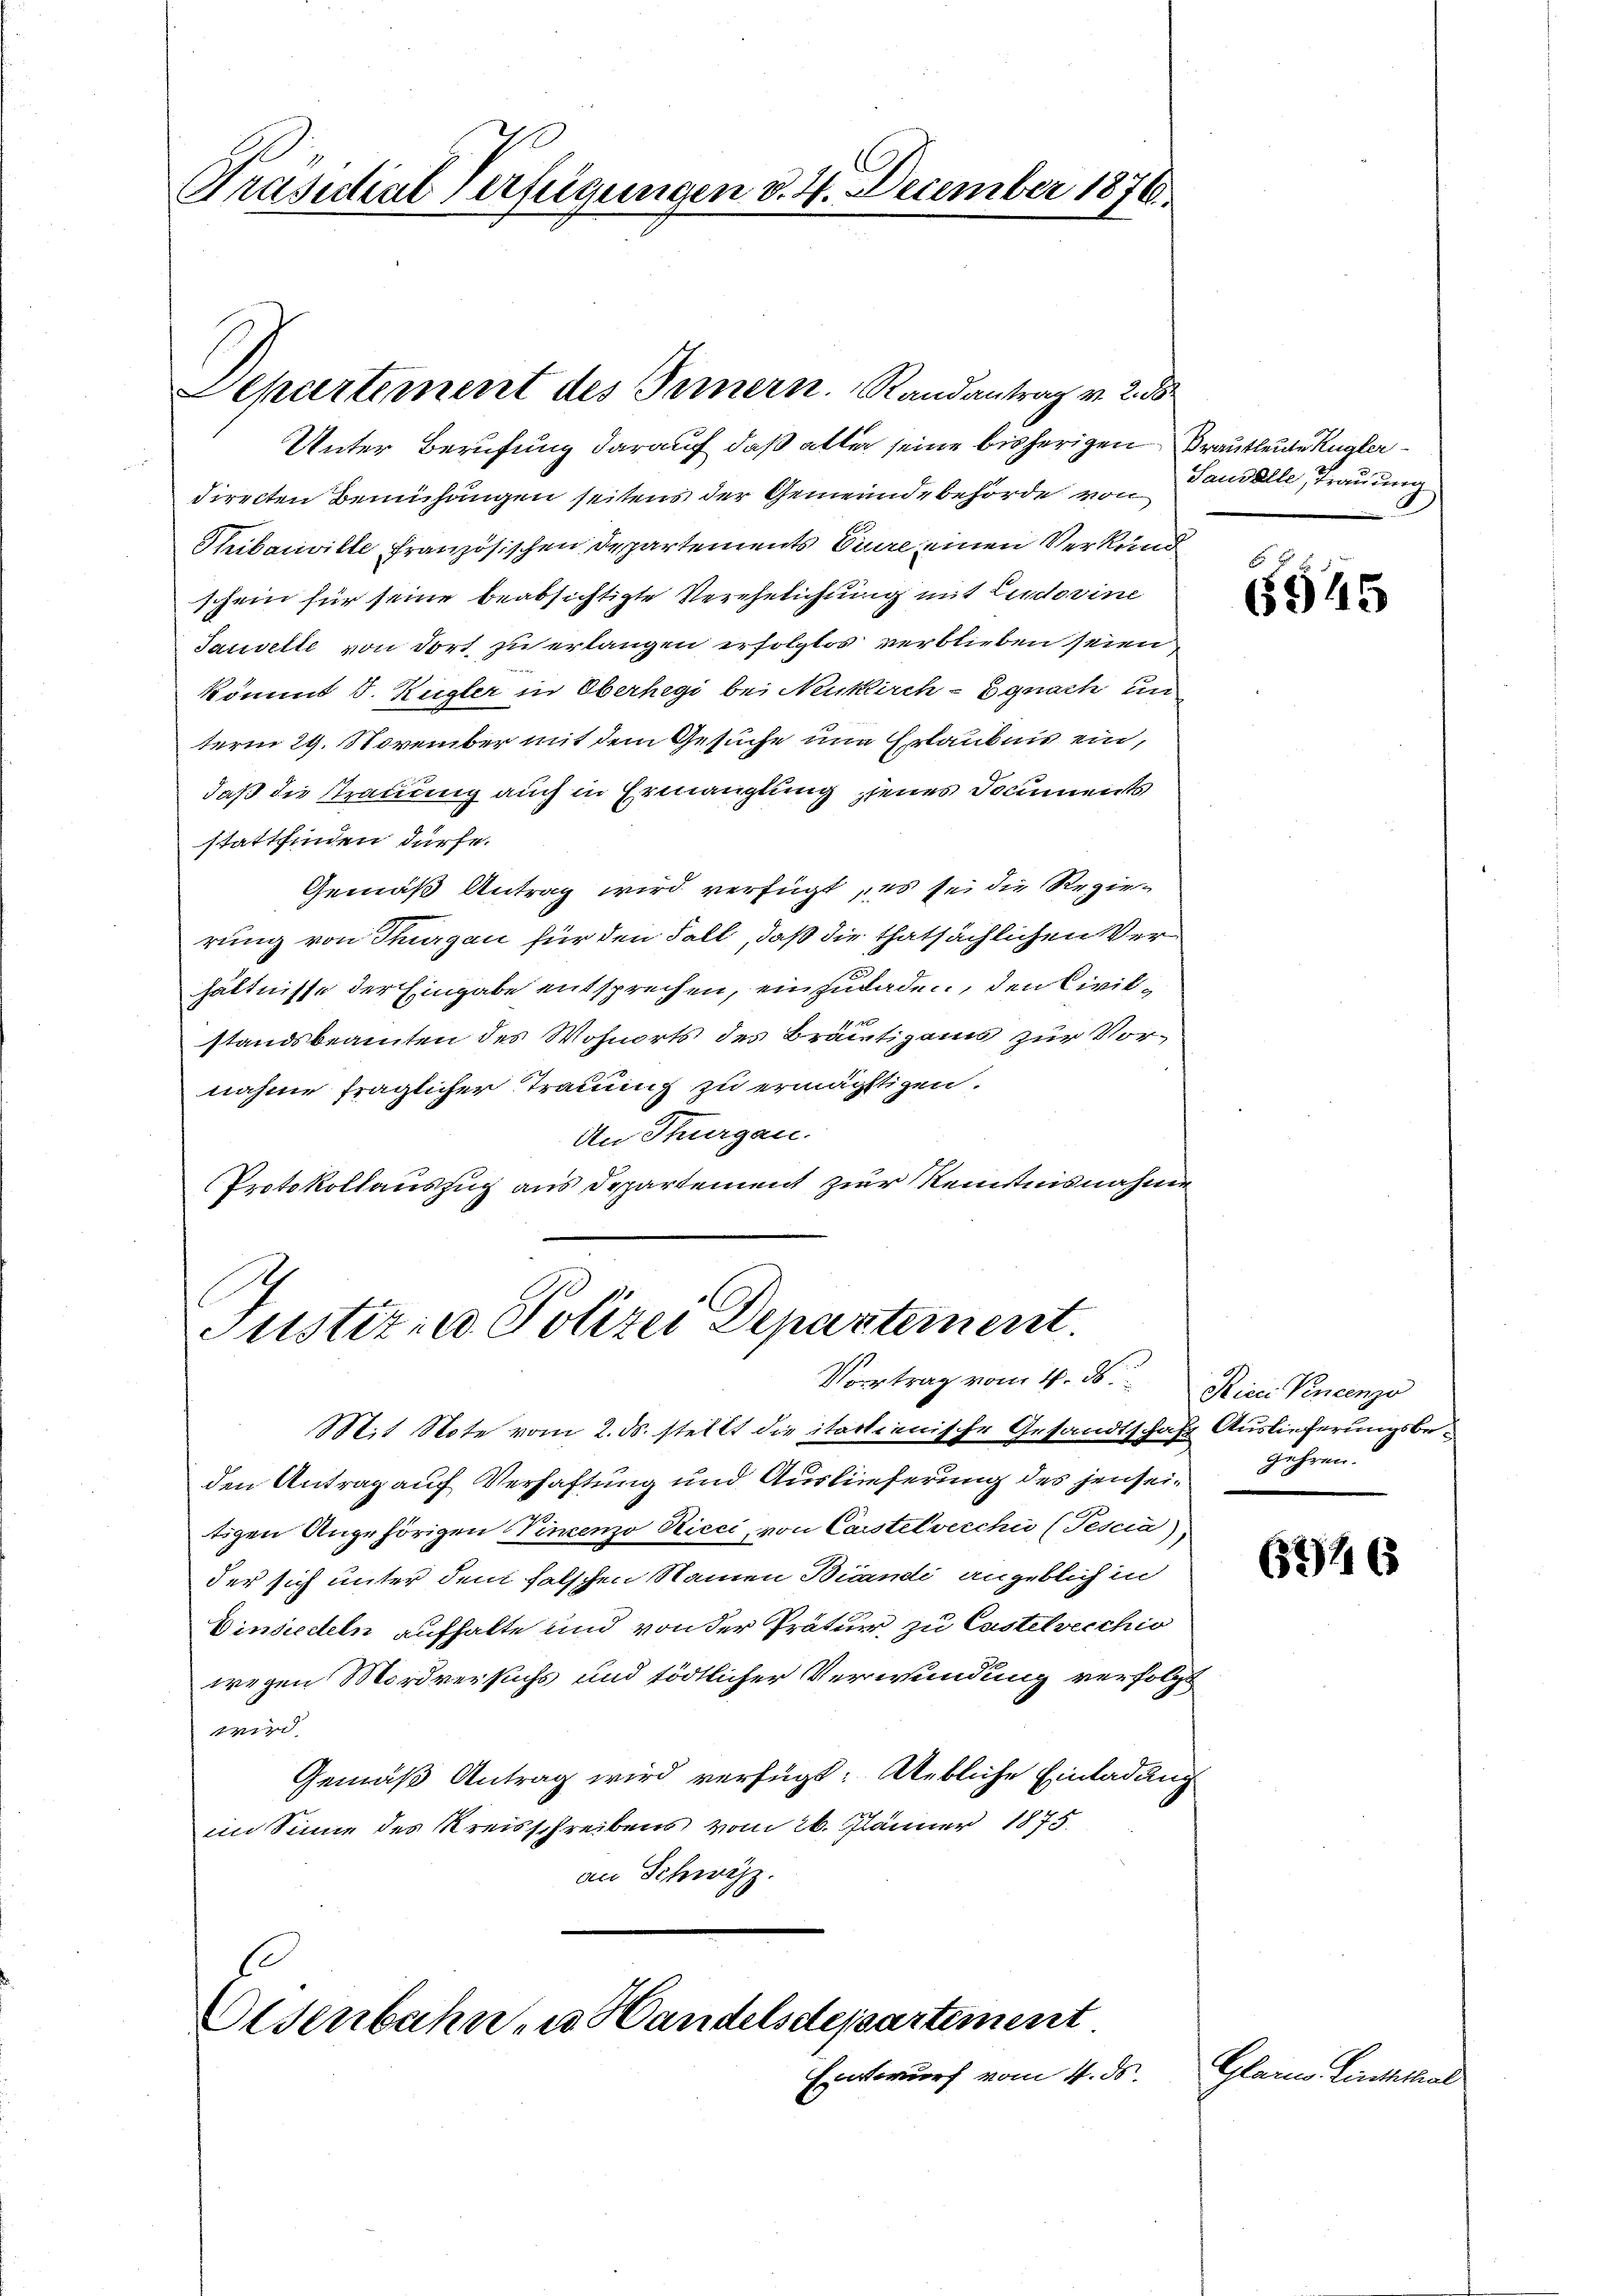
Präsidial Verfügungen d. 4. December 1876.

Unter Berufung darauf, daß aller seine bisherigen Brautleute Kugler
directen Bemühungen seitens der Gemeindebehörde von
Thibauville französischen Departements Euere einen Verkund
schein für seine beabsichtigte Verehelichung mit Ludovine
Tauvelle von dort zu erlangen erfolglos verblieben seien
könnet v. Kugler in Oberhegi bei Nenklich - Egnach un
term 29. November mit dem Gesuche um Erlaubnis ein,
daß die Trauung auch in Ermanglung jenes Documents
stattfinden dürfe.
Gemäß Antrag wird verfügt, es sei die Regierung von Thurgau für den Fall, daß die thatsächlichen Verhältnisse der Eingabe entsprechen, einzuladen, den Civilstandsbeamten des Wohnorts des Bräutigams zur Vornahme fraglicher Trauung zu ermächtigen.
An Thurgau.
Protokollauszug aus Departement zur Kenntnisnahme

Aepartement des Innern. Randantrag v. 2. ds.

Justiz- u Polizei Departement.
Vortrag vom 4. ds. Ricci Vincenzo

Osenbahn zu Handelsdepartement
Entwurf vom 4. ds.

Saudalle, Trauung

Mit Note vom 2. ds. stellt die itartienische Gesandtschaft Auslieferungsbeden Antrag auf Verhaftung und Auslieferung des jenseitigen Angehörigen Vincenzo Ricci, von Carstelvecchii (Tescia),
der sich unter dem falschen Namen Bicandi angeblich in
Einsiedeln aufhalte und von der Prätur zu Castelvecchio
wegen Mordversuchs und tödtlicher Verwundung verfolgt
wird.
Gemäß Antrag wird verfügt: Uebliche Einladung
im Sinne des Kreisschreibens vom 26. Jänner 1875.
an Schweiz.

gehren.

6945

6746

Glarne Linththal